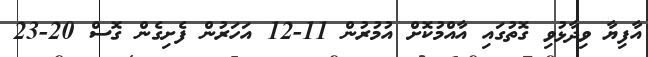
އާފިޔާ ވިދާޅުވި ގޮތުގައި އާއްމުކޮށް އުމުރުން 11-12 އަހަރުން ފެށިގެން ގޮސް 20-23